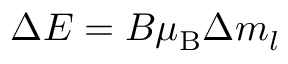
\Delta E = B \mu _ { \mathrm { { B } } } \Delta m _ { l }